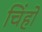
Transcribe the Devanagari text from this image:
चिंहो